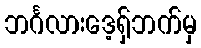
ဘင်္ဂလားဒေ့ရှ်ဘက်မှ